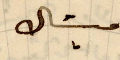
ميشال